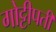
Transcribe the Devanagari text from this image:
गोट्टीपती